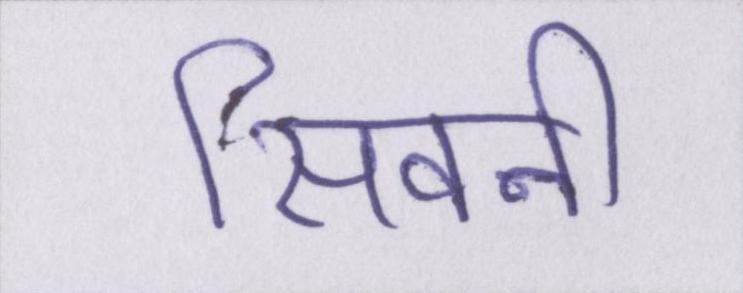
सिवनी